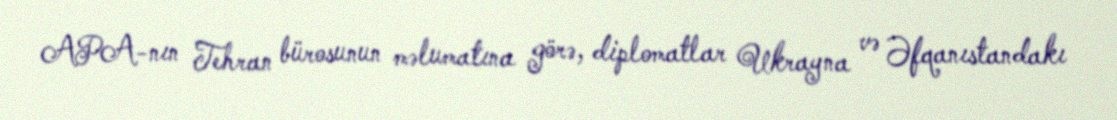
APA-nın Tehran bürosunun məlumatına görə, diplomatlar Ukrayna və Əfqanıstandakı